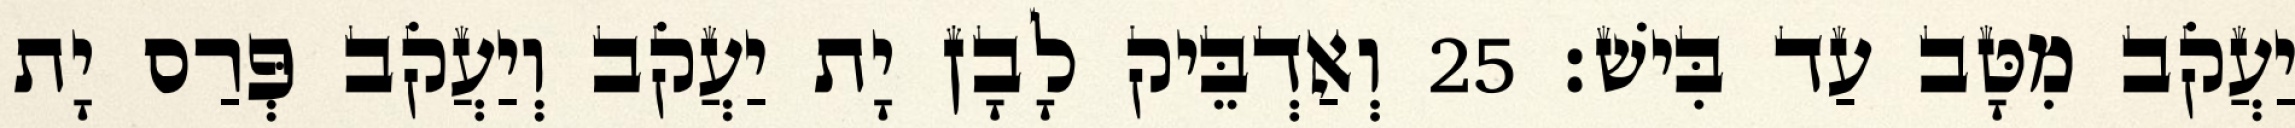
יַעֲקֹב מִטָּב עַד בִּישׁ׃ 25 וְאַדְבֵּיק לָבָן יָת יַעֲקֹב וְיַעֲקֹב פְּרַס יָת